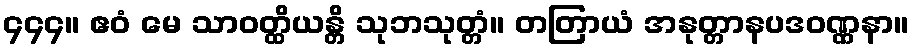
၄၄၄။ ဧဝံ မေ သာဝတ္ထိယန္တိ သုဘသုတ္တံ။ တတြာယံ အနုတ္တာနပဒဝဏ္ဏနာ။